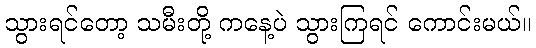
သွားရင်တော့ သမီးတို့ ကနေ့ပဲ သွားကြရင် ကောင်းမယ်။